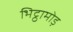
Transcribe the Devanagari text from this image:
भिट्ठामोड़